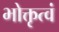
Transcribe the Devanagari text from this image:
भोक्तृत्वं